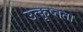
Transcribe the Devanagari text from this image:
उत्कृष्तता